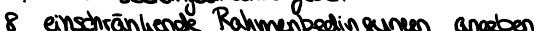
8 einschränkende Rahmenbedingungen angeben